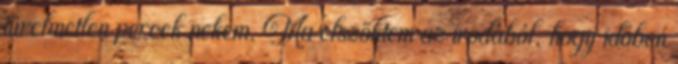
türelmetlen percek nekem. Ma elszöktem az irodából, hogy időben